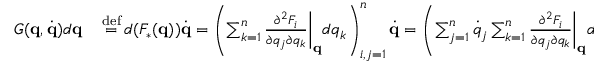
\begin{array} { r l } { G ( \mathbf { q } , { \dot { \mathbf { q } } } ) d \mathbf { q } } & { { } \, { \stackrel { \mathrm { d e f } } { = } } \, d ( F _ { * } ( \mathbf { q } ) ) { \dot { \mathbf { q } } } = \left( \sum _ { k = 1 } ^ { n } { \frac { \partial ^ { 2 } F _ { i } } { \partial q _ { j } \partial q _ { k } } } { \biggl | } _ { \mathbf { q } } d q _ { k } \right) _ { i , j = 1 } ^ { n } { \dot { \mathbf { q } } } = \left( \sum _ { j = 1 } ^ { n } { \dot { q } } _ { j } \sum _ { k = 1 } ^ { n } { \frac { \partial ^ { 2 } F _ { i } } { \partial q _ { j } \partial q _ { k } } } { \biggl | } _ { \mathbf { q } } d q _ { k } \right) _ { i = 1 , \ldots , n } ^ { T } } \end{array}